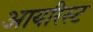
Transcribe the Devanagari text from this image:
आयरिस्ट